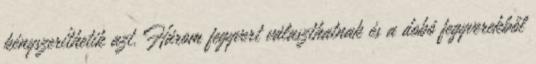
kényszeríthetik azt. Három fegyvert választhatnak és a dobó fegyverekből